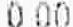
0.00